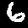
Digit: 6